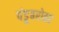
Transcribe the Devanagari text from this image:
पंडूबरोबर